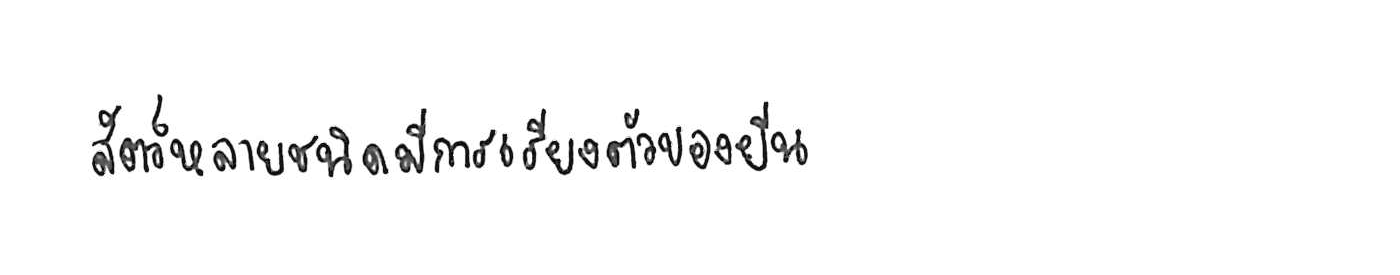
สัตว์หลายชนิดมีการเรียงตัวของยีน